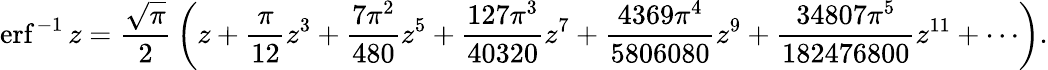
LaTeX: \operatorname{erf}^{-1}z={\frac{\sqrt{\pi}}{2}}\left(z+{\frac{\pi}{12}}z^{3}+{\frac{7\pi^{2}}{480}}z^{5}+{\frac{127\pi^{3}}{40320}}z^{7}+{\frac{4369\pi^{4}}{5806080}}z^{9}+{\frac{34807\pi^{5}}{182476800}}z^{11}+\cdots\right).